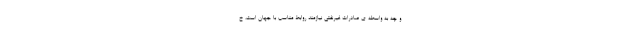
و چه به واسطه ی صادرات غیرنفتی نیازمند روابط مناسب با جهان است، خ